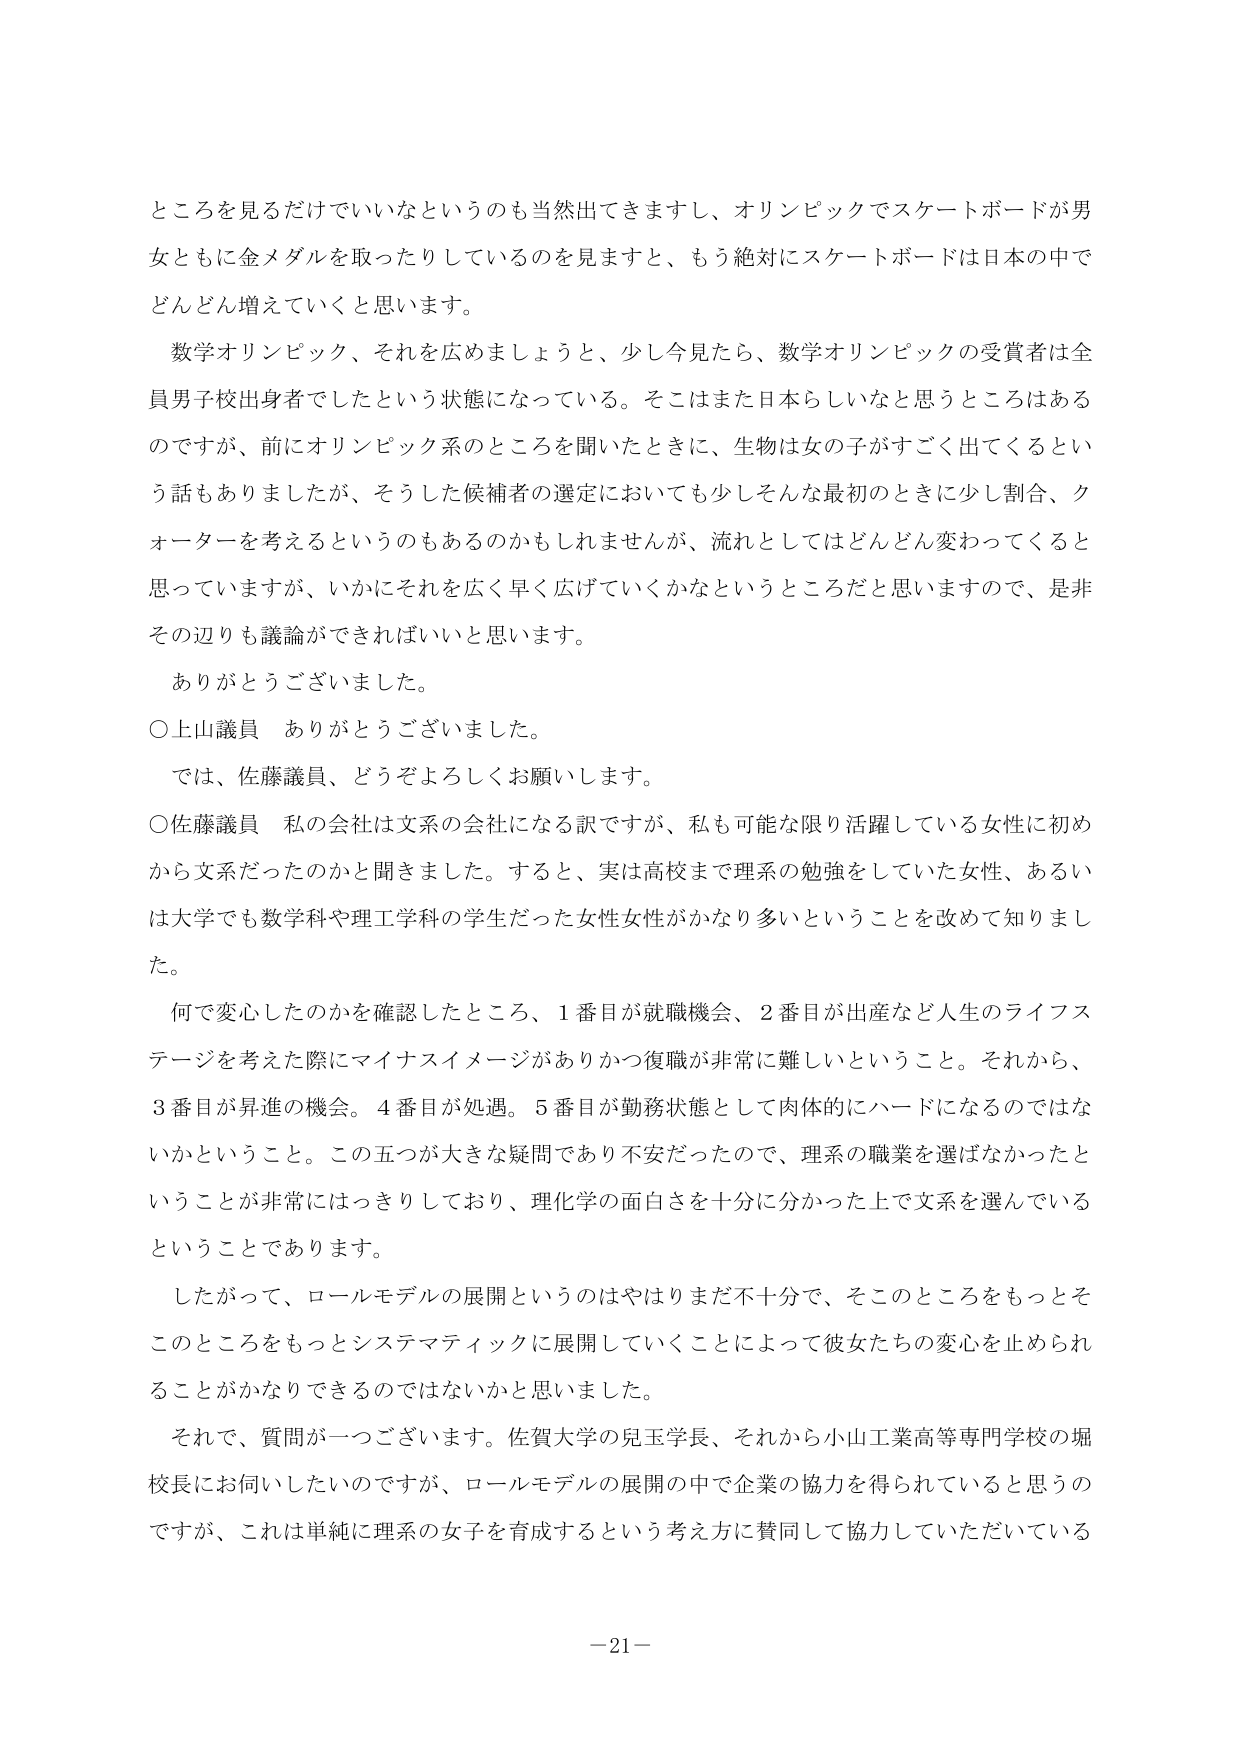
ところを見るだけでいいなというのも当然出てきますし、オリンピックでスケートボードが男女ともに金メダルを取ったりしているのを見ますと、もう絶対にスケートボードは日本の中でどんどん増えていくと思います。

数学オリンピック、それを広めましょうと、少し今見たら、数学オリンピックの受賞者は全員男子校出身者でしたという状態になっている。そこはまた日本らしいなと思うところはあるのですが、前にオリンピック系のところを聞いたときに、生物は女の子がすごく出てくるという話もありましたが、そうした候補者の選定においても少しそんな最初のときに少し割合、クォーターを考えるというのもあるのかもしれません、流れとしてはどんどん変わってくると思っていますが、いかにそれを広く早く広げていくかなというところだと思いますので、是非その辺りも議論ができればいいと思います。

ありがとうございました。

○上山議員　ありがとうございました。

では、佐藤議員、どうぞよろしくお願いします。

○佐藤議員　私の会社は文系の会社になる訳ですが、私も可能な限り活躍している女性に初めから文系だったのかと聞きました。すると、実は高校まで理系の勉強をしていた女性、あるいは大学でも数学科や理工学科の学生だった女性女性がかなり多いということを改めて知りました。

何で変心したのかを確認したところ、1番目が就職機会、2番目が出産など人生のライフステージを考えた際にマイナスイメージがありかつ復職が非常に難しいということ。それから、3番目が昇進の機会。4番目が処遇。5番目が勤務状態として肉体的にハードになるのではないかということ。この五つが大きな疑問であり不安だったので、理系の職業を選ばなかったということが非常にはっきりしており、理化学の面白さを十分に分かった上で文系を選んでいるということです。

したがって、ロールモデルの展開というのはやはりまだ不十分で、そこのところをもっとそこのところをもっとシステマティックに展開していくことによって彼女たちの変心を止められることのがかなりできるのではないかと思いました。

それで、質問が一つございます。佐賀大学の児玉学長、それから小山工業高等専門学校の堀校長にお伺いしたいのですが、ロールモデルの展開の中で企業の協力を得られていると思うのですが、これは単純に理系の女子を育成するという考え方で賛同して協力していただいている

－21－